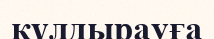
құлдырауға